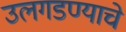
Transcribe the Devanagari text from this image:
उलगडण्याचे